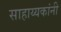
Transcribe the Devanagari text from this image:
साहाय्यकांनी